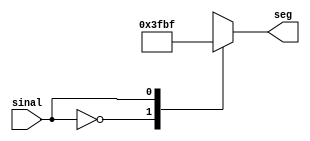
module sinal(
            input sinal,
            output [6:0] seg
            ); 

    always @ (sinal)   
    begin
        case(sinal)   
            0: seg = ~7'b0000000;   //Quando o sinal é positivo
            1: seg = ~7'b1000000;   //Quando o sinal é negativo
            default: seg=~7'b0000000;   //Começa como positivo
        endcase
    end
    endmodule